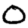
Digit: 0